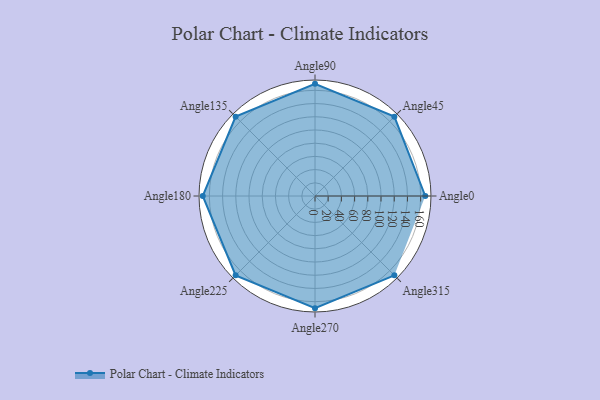
{"axis": {"x": "Angle", "y": "Radius"}, "legend": [""], "data": [{"x": "Angle0", "y": 167.0, "type": ""}, {"x": "Angle45", "y": 170, "type": ""}, {"x": "Angle90", "y": 170, "type": ""}, {"x": "Angle135", "y": 170, "type": ""}, {"x": "Angle180", "y": 170, "type": ""}, {"x": "Angle225", "y": 170, "type": ""}, {"x": "Angle270", "y": 170, "type": ""}, {"x": "Angle315", "y": 170, "type": ""}]}